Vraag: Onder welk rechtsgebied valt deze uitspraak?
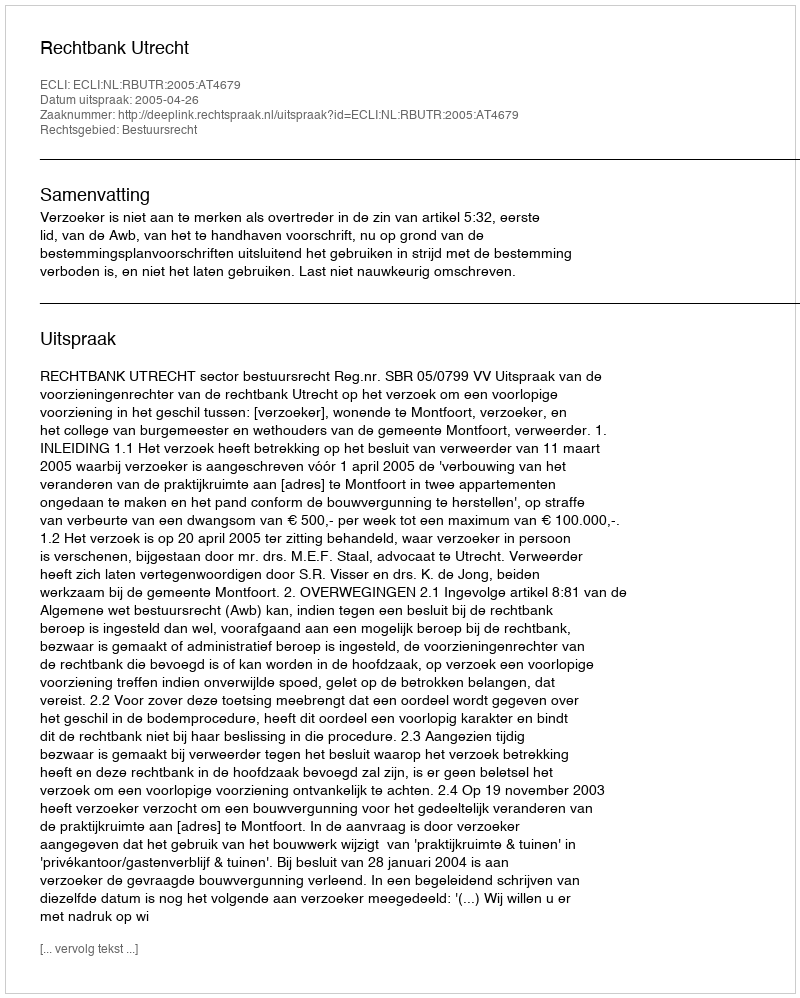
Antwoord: Bestuursrecht